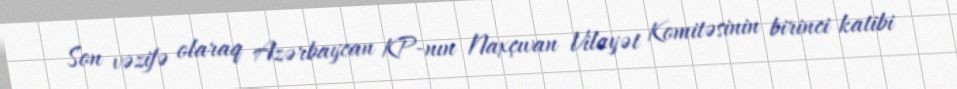
Son vəzifə olaraq Azərbaycan KP-nın Naxçıvan Vilayət Komitəsinin birinci katibi